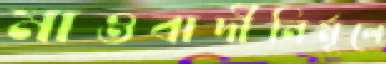
মাওবাদীনির্মূলে